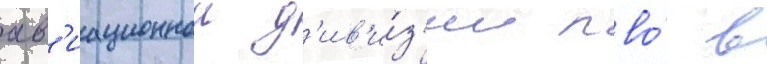
ав'иационнои д'ив'и́з'ии пво́ в